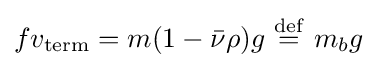
fv_{\text{term}}=m(1-{\bar {\nu }}\rho )g\ {\stackrel {\mathrm {def} }{=}}\ m_{b}g